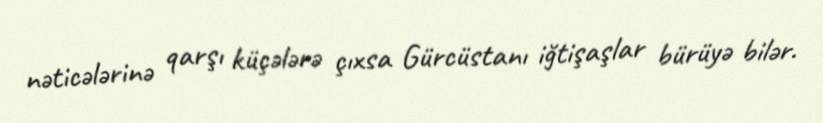
nəticələrinə qarşı küçələrə çıxsa Gürcüstanı iğtişaşlar bürüyə bilər.